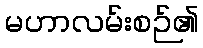
မဟာလမ်းစဉ်၏